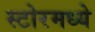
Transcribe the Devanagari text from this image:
स्टोरमध्ये